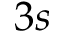
3 s